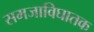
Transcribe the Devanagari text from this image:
समजाविघातक